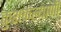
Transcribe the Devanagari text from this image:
कुशकल्याणी